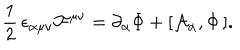
LaTeX: \frac { 1 } { 2 } \, \epsilon _ { \alpha \mu \nu } { \cal F } ^ { \mu \nu } = \partial _ { \alpha } \Phi + [ { \cal A } _ { \alpha } , \Phi \, ] .